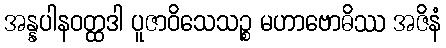
အန္နပါနဝတ္ထဒါ ပူဇာဝိသေသဉ္စ မဟာဗောဓိဿ အဇိနံ